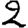
Digit: 2